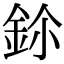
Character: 鉩